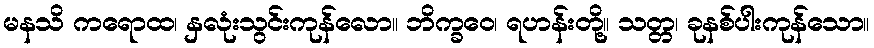
မနသိ ကရောထ၊ နှလုံးသွင်းကုန်လော။ ဘိက္ခဝေ၊ ရဟန်းတို့။ သတ္တ၊ ခုနစ်ပါးကုန်သော။